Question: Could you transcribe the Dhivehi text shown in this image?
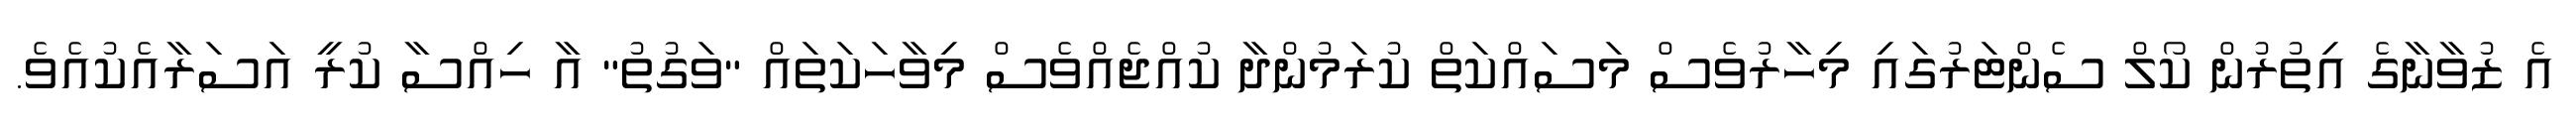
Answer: އެ ޒުވާނާގެ އިތުރުން ކޯލް ސެންޓަރުގައި މިހާރުވެސް މަސައްކަތް ކުރަމުންދާ ކުއްޖެއްވެސް މިވާހަކަތައް "ވަގުތު" އާ ހިއްސާ ކުރީ އަސަރާއެކުއެވެ.